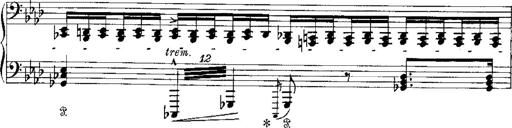
Title: Miserere du Trovatore
Composer: Franz Liszt